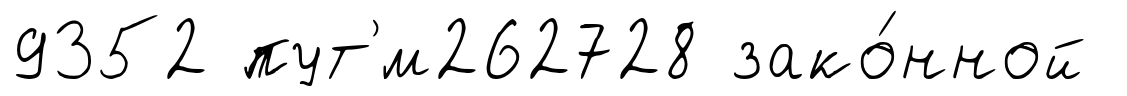
9352 пут'́м262728 зако́нной